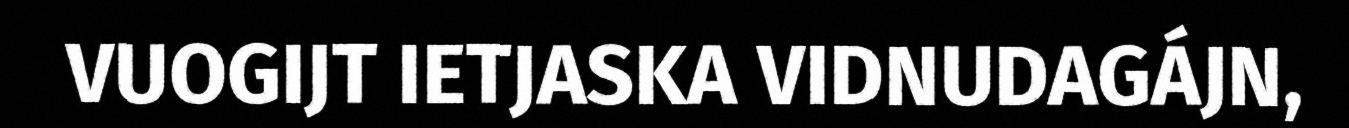
VUOGIJT IETJASKA VIDNUDAGÁJN,